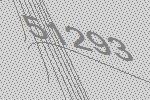
51293